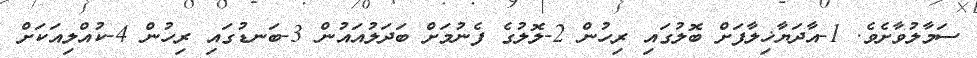
ސަމާލުވާށެވެ. 1-އާދަޔާޚިލާފަށް ބޮލުގައި ރިހުން 2-ލޮލުގެ ފެނުމަށް ބަދަލުއައުން 3-ބަނޑުގައި ރިހުން 4-ކުއްލިއަކަށް